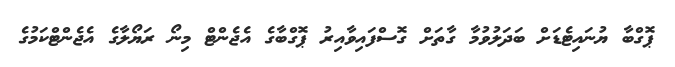
ޕޮގްބާ ޔުނައިޓެޑަށް ބަދަލުވުމާ ގާތަށް ގޮސްފައިވާއިރު ޕޮގްބާގެ އެޖެންޓް މިނޯ ރަޔޯލާގެ އެޖެންޓްކަމުގެ